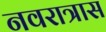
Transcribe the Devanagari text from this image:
नवरात्रास